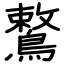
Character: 鷘